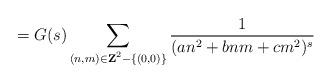
LaTeX: \begin{align*}=G(s)\sum_{(n,m)\in\textbf{\scriptsize{Z}}^2-\{(0,0)\}}\frac{1}{(an^2+bnm+cm^2)^s}\end{align*}